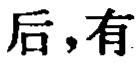
后，有